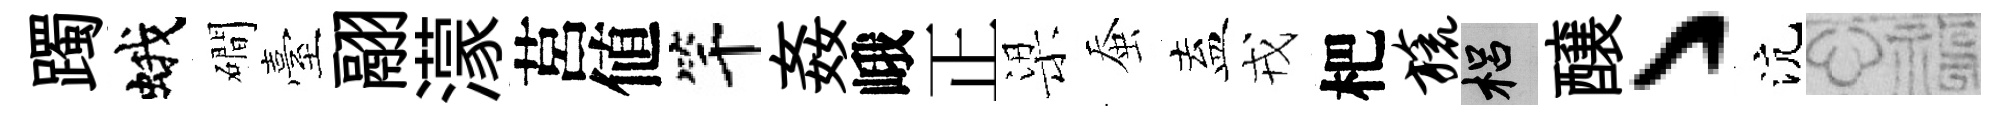
躅蛾磵臺翮濛莒値竿姦峨正梁蚕盍戎杷旒梠醸丶沆福